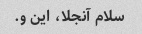
سلام آنجلا، این و.